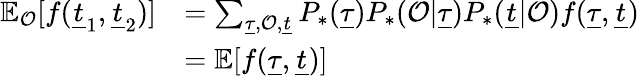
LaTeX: \begin{array}{r}{\begin{array}{rl}{\mathbb{E}_{\mathcal{O}}[f(\underline{{t}}_{1},\underline{{t}}_{2})]}&{=\sum_{\underline{{\tau}},\mathcal{O},\underline{{t}}}P_{*}(\underline{{\tau}})P_{*}(\mathcal{O}|\underline{{\tau}})P_{*}(\underline{{t}}|\mathcal{O})f(\underline{{\tau}},\underline{{t}})}\\ &{=\mathbb{E}[f(\underline{{\tau}},\underline{{t}})]}\end{array}}\end{array}